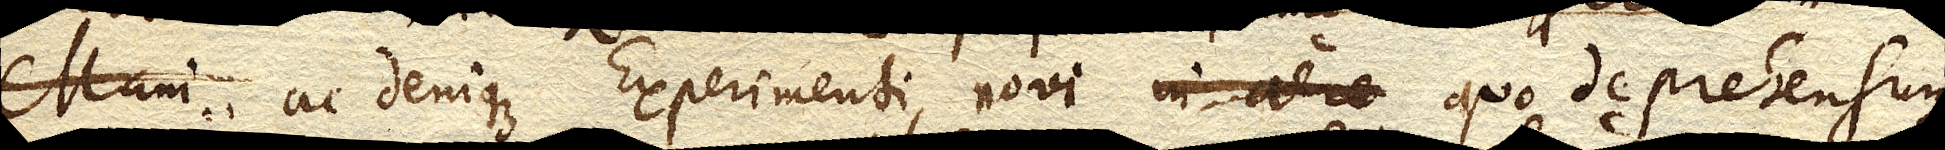
ac denique Experimenti novi in aere quo deprehensum